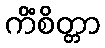
ကိံစိတ္တာ